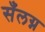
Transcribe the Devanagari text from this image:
सँलग्न